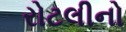
રોટલીનો